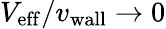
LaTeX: {V_{\mathrm{eff}}}/{v_{\mathrm{wall}}}\rightarrow 0